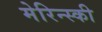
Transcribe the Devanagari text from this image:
मेरिन्स्की